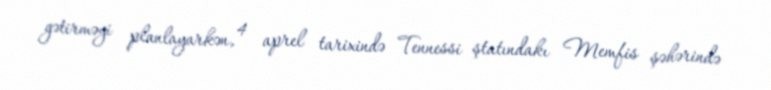
gətirməyi planlayarkən, 4 aprel tarixində Tennessi ştatındakı Memfis şəhərində